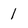
Character: 1